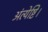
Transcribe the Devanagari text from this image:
अंत्येष्टि।